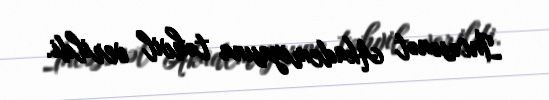
İncəsənət Akademiyasına təhvil verildi.